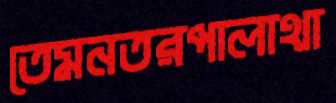
তেমনতরপালাথা